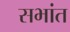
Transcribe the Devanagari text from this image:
सभांत